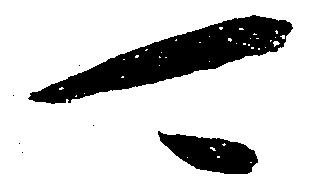
可